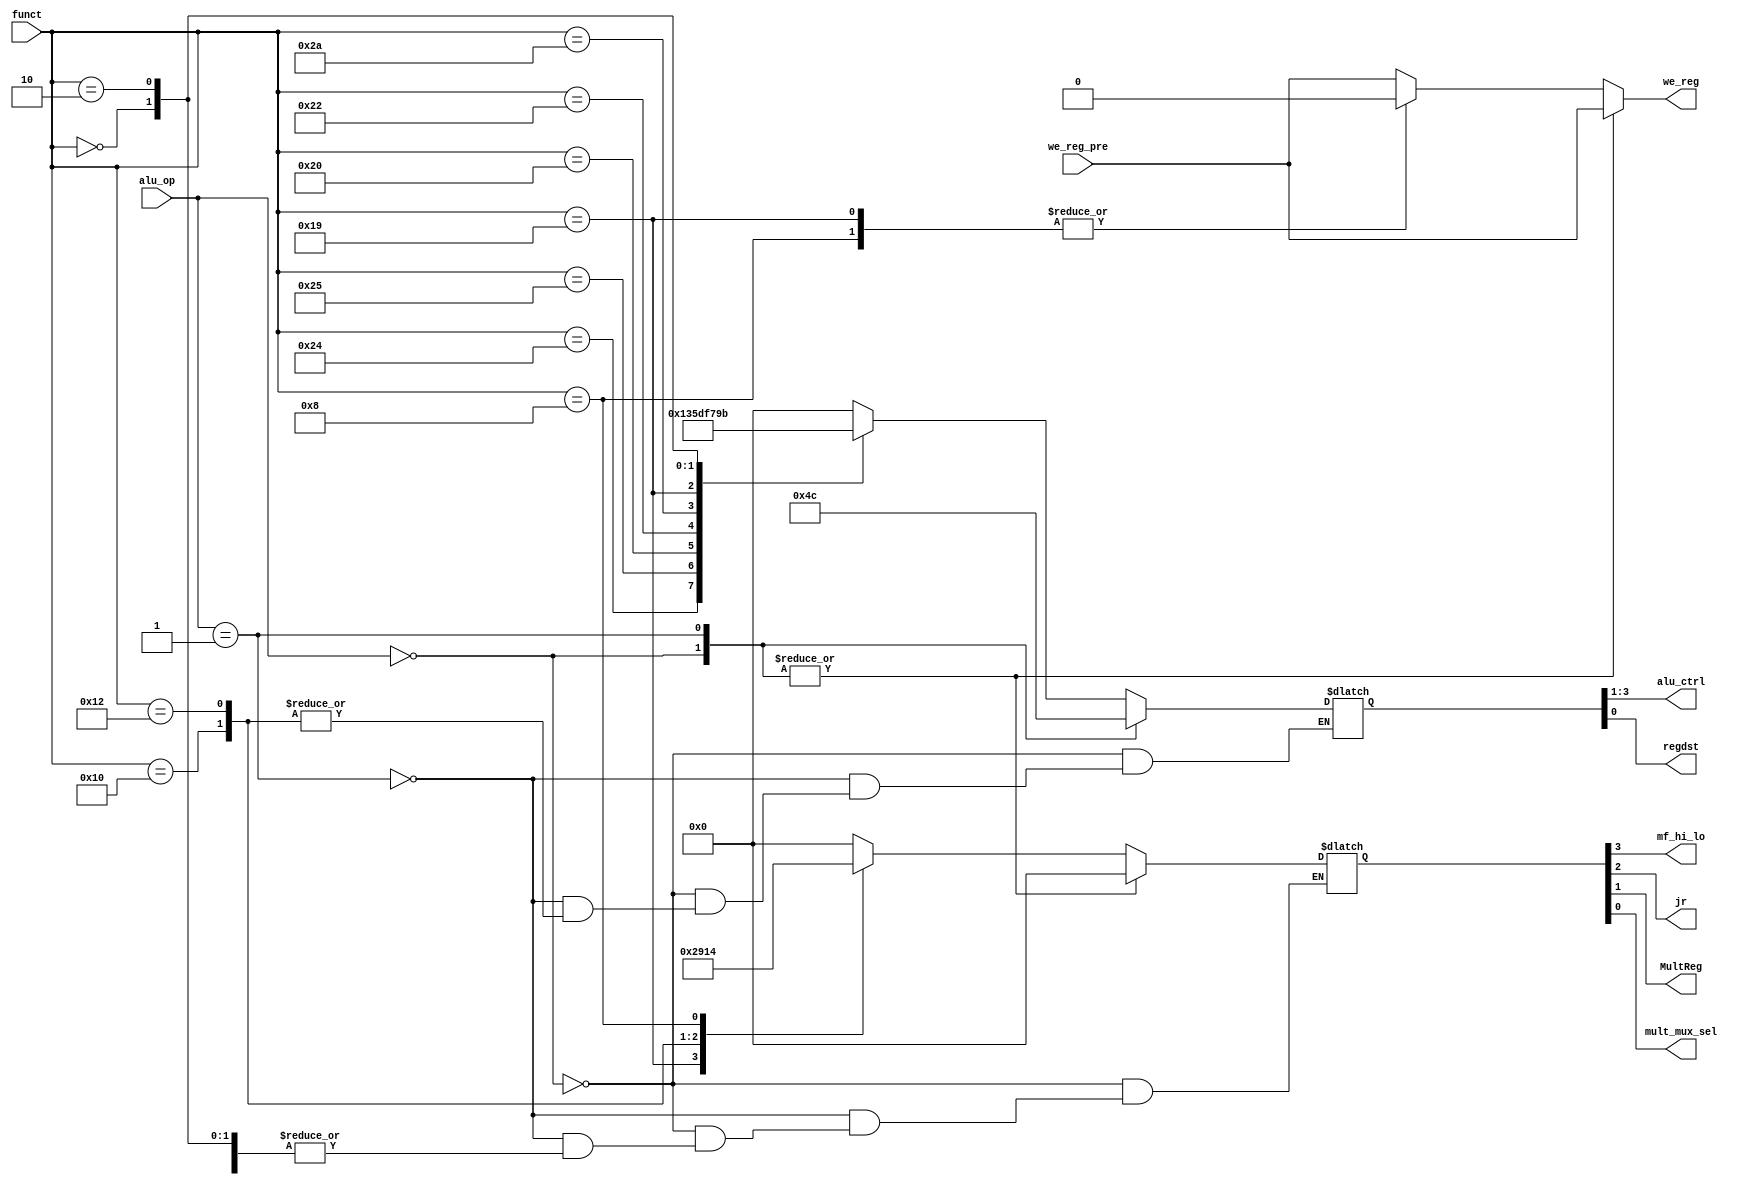
module auxdec (
        input  wire [1:0] alu_op,
        input  wire [5:0] funct,
        input  wire we_reg_pre,
        output wire [2:0] alu_ctrl,

        output wire mf_hi_lo,
        output wire jr,
        output wire MultReg,
        output wire mult_mux_sel,
        output wire regdst,
        output reg  we_reg
    );

    reg [3:0] aluctrl;
    reg [4:0] ctrl;

    assign {alu_ctrl, regdst} = aluctrl;
    assign {mf_hi_lo, jr, MultReg, mult_mux_sel} = ctrl;
    
    
    always @ (alu_op, funct, we_reg_pre) begin
        we_reg = we_reg_pre;
        case (alu_op)
            2'b00: begin
                aluctrl = 4'b010_0;                // ADD
                ctrl    = 4'b0_0_0_0;
                we_reg = we_reg_pre;
                end
            2'b01: begin
                aluctrl = 4'b110_0;                // SUB
                ctrl    = 4'b0_0_0_0;
                we_reg = we_reg_pre;
                end
              
            default: case (funct)
                6'b10_0100: begin
                    aluctrl = 4'b000_1;       // AND
                    we_reg = we_reg_pre;
                    end
                6'b10_0101: begin
                    aluctrl = 4'b001_1;       // OR
                    we_reg = we_reg_pre;
                    end
                6'b10_0000: begin
                    aluctrl = 4'b010_1;       // ADD
                    we_reg = we_reg_pre;
                    end
                6'b10_0010: begin
                    aluctrl = 4'b110_1;       // SUB
                    we_reg = we_reg_pre;
                    end
                6'b10_1010: begin
                    aluctrl = 4'b111_1;       // SLT
                    we_reg = we_reg_pre;
                    end
                
                6'b01_1001: begin                     // MULTU
                    aluctrl         = 4'b011_1; 
                    ctrl            = 4'b0_0_1_0;
                    we_reg = 0;
                    end
                6'b00_0000: begin
                    aluctrl    = 4'b100_1;    // SLL
                    we_reg = we_reg_pre;
                    end
                6'b00_0010: begin
                    aluctrl    = 4'b101_1;    // SRL
                    we_reg = we_reg_pre;
                    end
                6'b01_0000: begin
                    ctrl    = 4'b1_0_0_1;     // MFHI
                    we_reg = we_reg_pre;
                    end
                6'b01_0010: begin
                    ctrl    = 4'b0_0_0_1;     // MFLO   
                    we_reg = we_reg_pre;
                    end             
                6'b00_1000: begin
                    ctrl    = 4'b0_1_0_0;             // JR
                    aluctrl = 4'b000_0;
                    we_reg  = 0;
                    end
              
                default: begin
                    aluctrl = 4'b000_0;
                    ctrl = 4'b0_0_0_0;
                    we_reg = we_reg_pre;
                    end
            endcase
        endcase
    end

endmodule